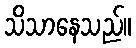
သိသာနေသည်။